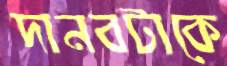
দানবটাকে